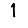
Digit: 1